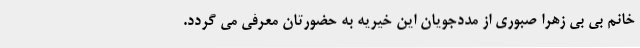
خانم بی بی زهرا صبوری از مددجویان این خیریه به حضورتان معرفی می گردد.